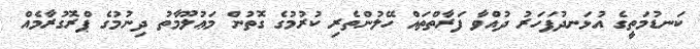
ކަނޑުމަތީގެ އުޅަނދުފަހަރު ދުއްވާ ފަރާތްތައް ހޭލުންތެރި ކުރުމުގެ ގޮތުން މަޢުލޫމާތު ދިނުމުގެ ޕްރޮގުރާމެއް